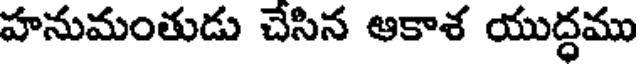
హనుమంతుడు చేసిన ఆకాశ యుద్ధము